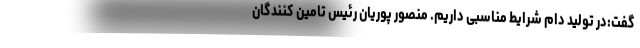
گفت:در تولید دام شرایط مناسبی داریم. منصور پوریان رئیس تامین کنندگان